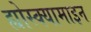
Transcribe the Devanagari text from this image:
ह्योस्क्यामाइन